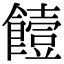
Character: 饐